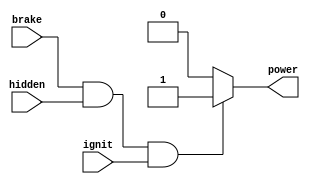
`timescale 1ns / 1ps
//////////////////////////////////////////////////////////////////////////////////
// Company: 
// Engineer: 
// 
// Design Name: 
// Module Name:    FuelLogic 
// Project Name: 
// Target Devices: 
// Tool versions: 
// Description: 
//
// Dependencies: 
//
// Revision: 
// Revision 0.01 - File Created
// Additional Comments: 
//
//////////////////////////////////////////////////////////////////////////////////
module FuelLogic(
    input brake,
    input hidden,
    input ignit,
    output reg power
    );

	always @(*) begin
		
		if (brake && hidden && ignit)
			power<=1;
		else
			power<=0;		
		
	/*	if (~ignit) 
			power<=0;
		else if (brake && hidden)
			power<=1;
		else
			power<=0;
*/
	end

endmodule